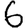
Digit: 6